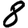
Digit: 8